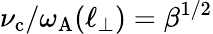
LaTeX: \nu_{\mathrm{c}}/\omega_{\mathrm{A}}(\ell_{\perp})=\beta^{1/2}